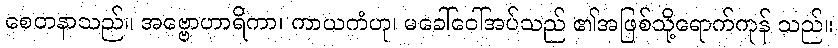
စေတနာသည်။ အဗ္ဗောဟာရိကာ၊ ကာယကံဟု၊ မခေါ်ဝေါ်အပ်သည် ၏အဖြစ်သို့ရောက်ကုန် သည်။